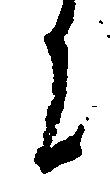
に